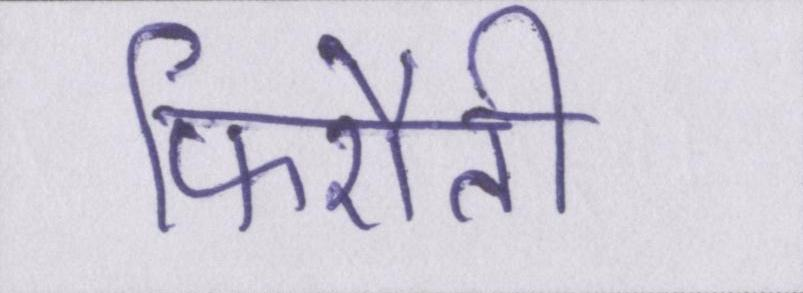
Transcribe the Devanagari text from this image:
फिरौती